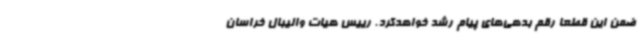
ضمن این قطعا رقم بدهی‌های پیام رشد خواهدکرد. رییس هیات والیبال خراسان